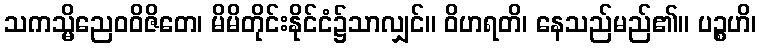
သကသ္မိညေဝဝိဇိတေ၊ မိမိတိုင်းနိုင်ငံ၌သာလျှင်။ ဝိဟရတိ၊ နေသည်မည်၏။ ပဉ္စဟိ၊